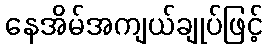
နေအိမ်အကျယ်ချုပ်ဖြင့်